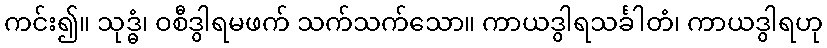
ကင်း၍။ သုဒ္ဓံ၊ ဝစီဒွါရမဖက် သက်သက်သော။ ကာယဒွါရသင်္ခါတံ၊ ကာယဒွါရဟု